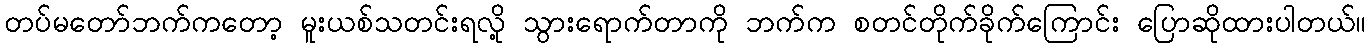
တပ်မတော်ဘက်ကတော့ မူးယစ်သတင်းရလို့ သွားရောက်တာကို ဘက်က စတင်တိုက်ခိုက်ကြောင်း ပြောဆိုထားပါတယ်။